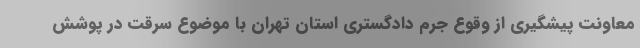
معاونت پیشگیری از وقوع جرم دادگستری استان تهران با موضوع سرقت در پوشش